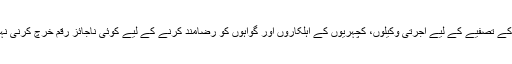
مقدمات کے تصفیے کے لیے اجرتی وکیلوں، کچہریوں کے اہلکاروں اور گواہوں کو رضامند کرنے کے لیے کوئی ناجائز رقم خرچ کرنی نہیں پڑتی۔